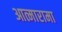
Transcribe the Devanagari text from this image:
आत्मारामा